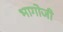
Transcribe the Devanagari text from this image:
भागोजी